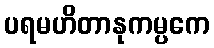
ပရမဟိတာနုကမ္ပကေ